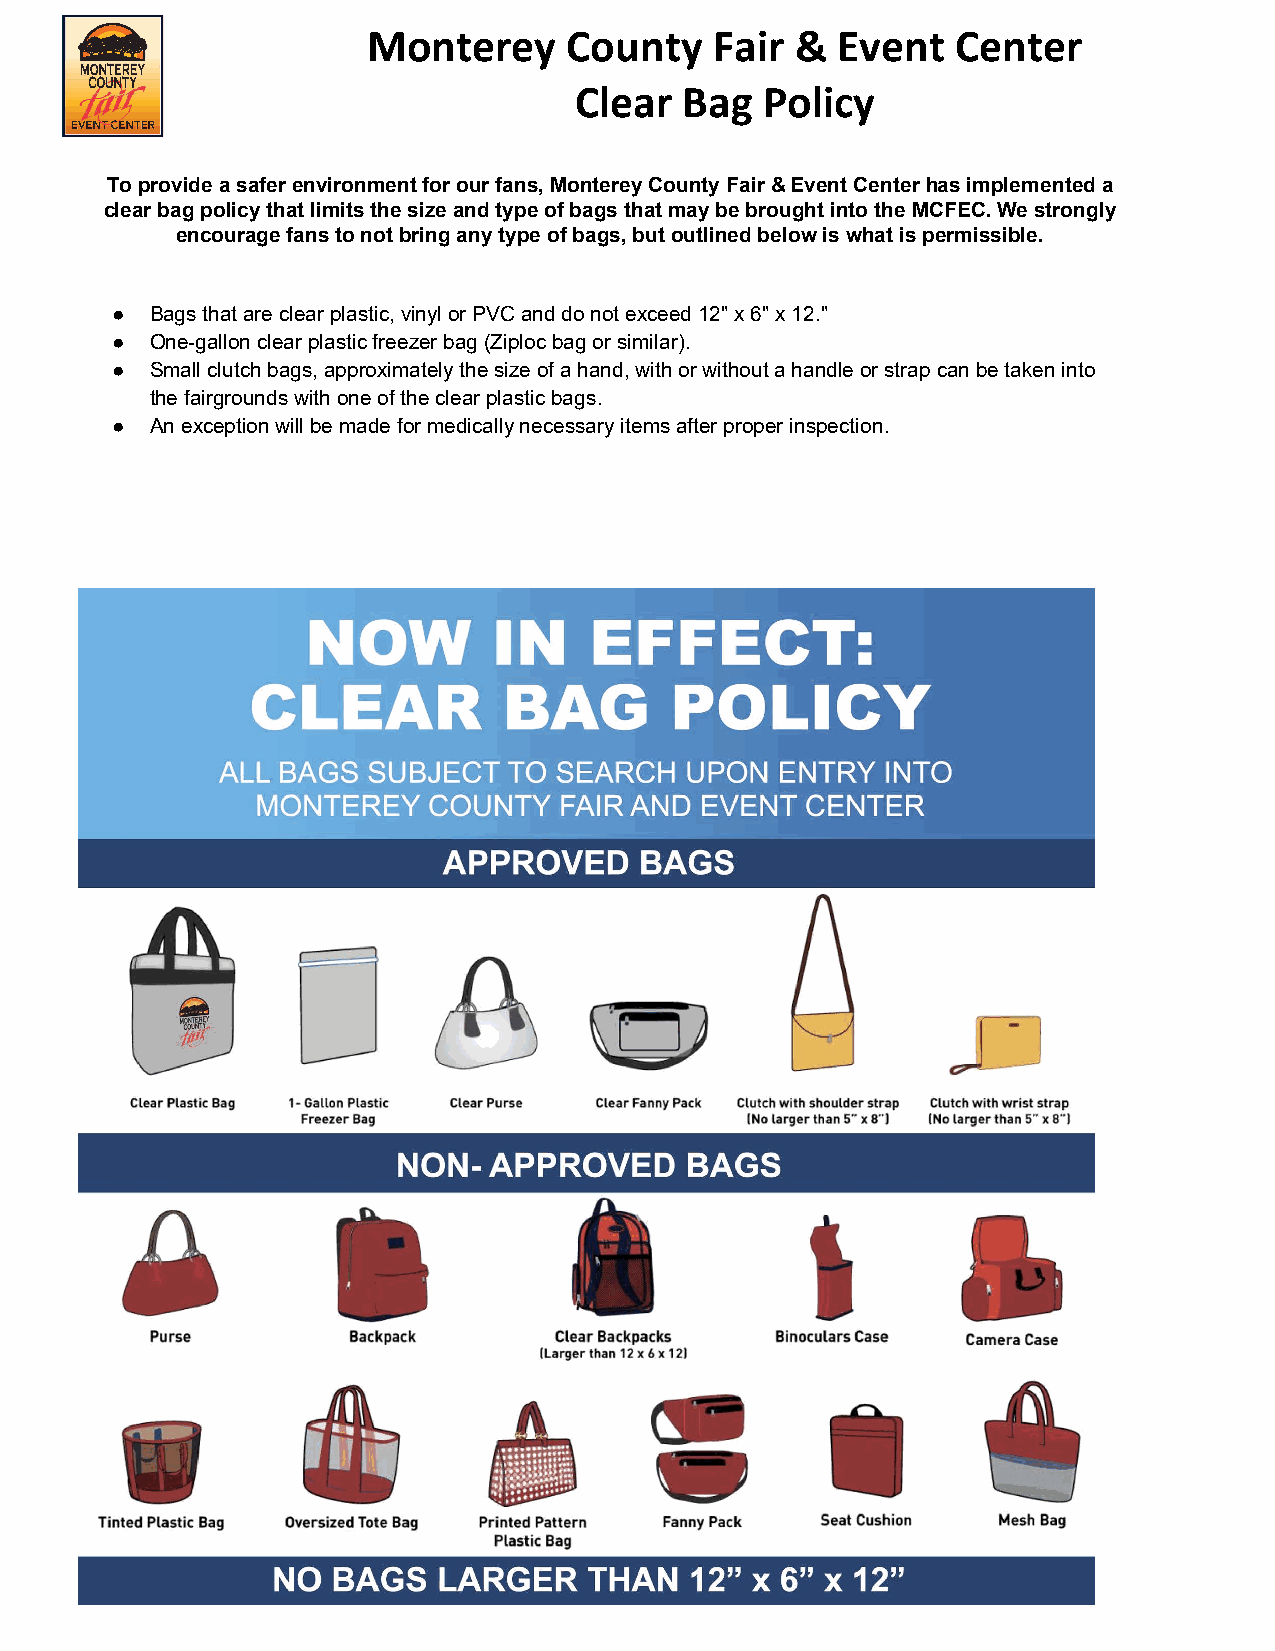
Monterey      County   Fair  & Event   Center
 Clear  Bag   Policy
 To provide a safer environment for our fans, Monterey County Fair & Event Center has implemented a
 clear bag policy that limits the size and type of bags that may be brought into the MCFEC. We strongly
 encourage fans to not bring any type of bags, but outlined below is what is permissible.
 ●  Bags that are clear plastic, vinyl or PVC and do not exceed 12" x 6" x 12."
 ●  One-gallon clear plastic freezer bag (Ziploc bag or similar).
 ●  Small clutch bags, approximately the size of a hand, with or without a handle or strap can be taken into
 the fairgrounds with one of the clear plastic bags.
 ●  An exception will be made for medically necessary items after proper inspection.